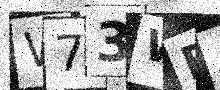
Text: W73WEA